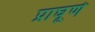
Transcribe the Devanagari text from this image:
प्राघूर्ण